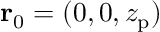
{ \bf r } _ { 0 } = ( 0 , 0 , z _ { \mathrm { p } } )